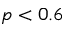
p < 0 . 6